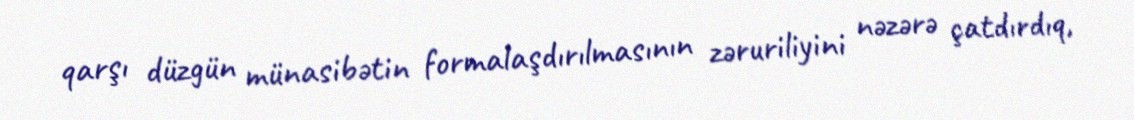
qarşı düzgün münasibətin formalaşdırılmasının zəruriliyini nəzərə çatdırdıq,